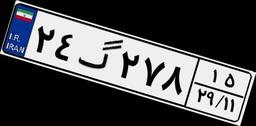
۲۴گ۲۷۸۱۵